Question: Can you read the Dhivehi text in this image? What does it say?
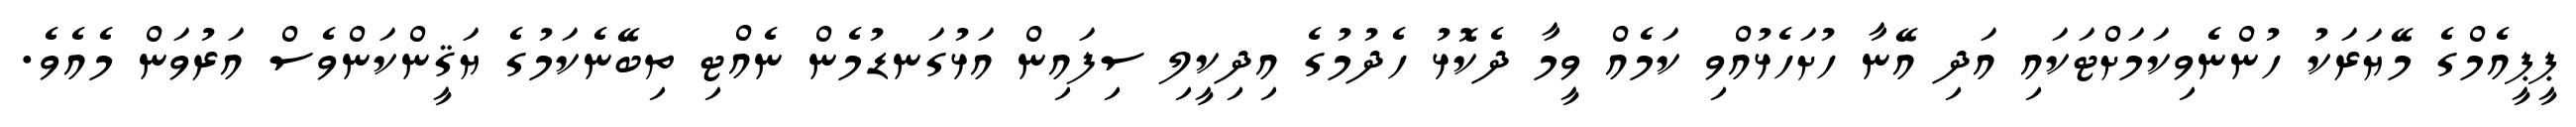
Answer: ޕީޕީއެމްގެ މޭޔަރަކު ހުންނެވިކަމަށްޓަކައި އަދި އޭނާ ހުށަހެޅުއްވި ކަމެއް ވީމާ ދެކޮޅު ހެދުމުގެ އިދިކީލި ސިފައިން އަޅުގަނޑުމެން ނެއްޓި ތިބޭނެކަމުގެ ޔަޤީންކަންވެސް އަރުވަން މެއެވެ.